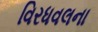
વિરધવલના